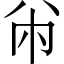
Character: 㡀